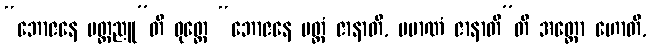
“ဘောဇနေ မတ္တညူ”တိ ဝုတ္တေ “ဘောဇနေ မတ္တံ ဇာနာတိ, ပမာဏံ ဇာနာတီ”တိ အတ္ထော ဟောတိ,